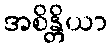
အစိန္တိယာ